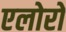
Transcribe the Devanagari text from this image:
एलोरो